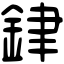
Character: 銉